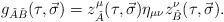
\begin{align*}g_{\check{A}\check{B}}(\tau,\vec{\sigma})=z^\mu_{\check{A}}(\tau,\vec{\sigma})\eta_{\mu\nu}z^\nu_{\check{B}}(\tau,\vec{\sigma}). \end{align*}